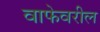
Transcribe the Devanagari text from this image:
वाफेवरील